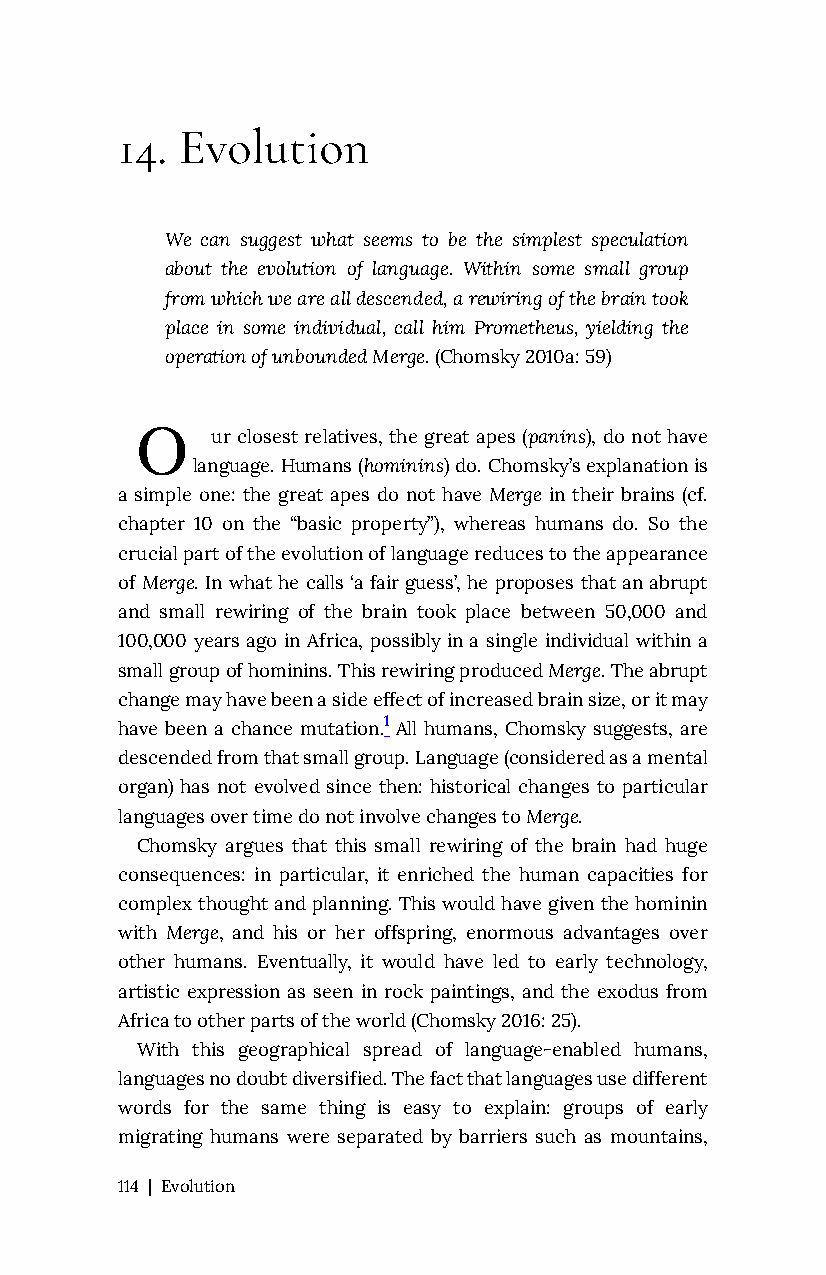
14. Evolution
 We can suggest what seems to be the simplest speculation
 about the evolution of language. Within some small group
 from which we are all descended, a rewiring of the brain took
 place in some individual, call him Prometheus, yielding the
 operation of unbounded Merge. (Chomsky 2010a: 59)
 O
 ur closest relatives, the great apes (panins), do not have
 language. Humans (hominins) do. Chomsky’s explanation is
 a simple one: the great apes do not have Merge in their brains (cf.
 chapter 10 on the “basic property”), whereas humans do. So the
 crucial part of the evolution of language reduces to the appearance
 of Merge. In what he calls ‘a fair guess’, he proposes that an abrupt
 and small rewiring of the brain took place between 50,000 and
 100,000 years ago in Africa, possibly in a single individual within a
 small group of hominins. This rewiring produced Merge. The abrupt
 change may have been a side effect of increased brain size, or it may
 have been a chance mutation.1 All humans, Chomsky suggests, are
 descended from that small group. Language (considered as a mental
 organ) has not evolved since then: historical changes to particular
 languages over time do not involve changes to Merge.
 Chomsky argues that this small rewiring of the brain had huge
 consequences: in particular, it enriched the human capacities for
 complex thought and planning. This would have given the hominin
 with Merge, and his or her offspring, enormous advantages over
 other humans. Eventually, it would have led to early technology,
 artistic expression as seen in rock paintings, and the exodus from
 Africa to other parts of the world (Chomsky 2016: 25).
 With this geographical spread of language-enabled humans,
 languages no doubt diversified. The fact that languages use different
 words for the same thing is easy to explain: groups of early
 migrating humans were separated by barriers such as mountains,
 114 | Evolution